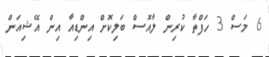
6 މަސް 3 ހަފްތާ ކުރިން ލާއޮސް ބަލިކޮށް އިންޑިއާ އިން އޭޝިއަން